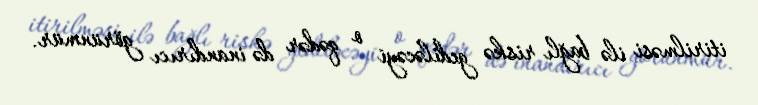
itirilməsi ilə bağlı riskə gediləcəyi o qədər də inandırıcı görünmür.